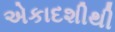
એકાદશીથી